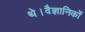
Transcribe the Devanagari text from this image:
थे।वैज्ञानिकों